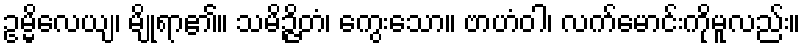
ဥမ္မိလေယျ၊ မျိုရာ၏။ သမိဉ္ဇိတံ၊ ကွေးသော။ ဗာဟံဝါ၊ လက်မောင်းကိုမူလည်း။